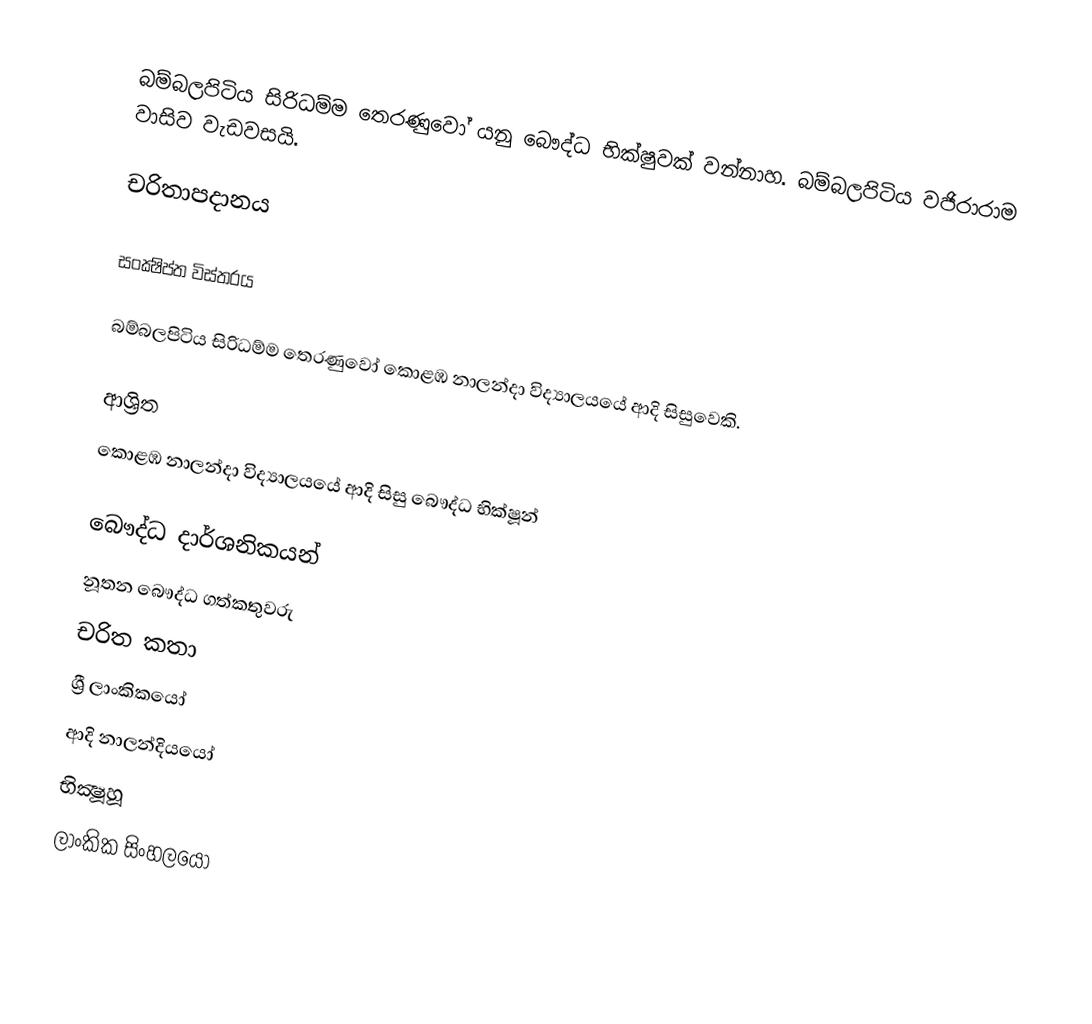
බම්බලපිටිය සිරිධම්ම තෙරණුවෝ යනු බෞද්ධ භික්ෂුවක් වන්නාහ. බම්බලපිටිය වජිරාරාම වාසිව වැඩවසයි.

චරිතාපදානය

සංක්‍ෂිප්ත විස්තරය

බම්බලපිටිය සිරිධම්ම තෙරණුවෝ කොළඹ නාලන්දා විද්‍යාලයයේ ආදි සිසුවෙකි.

ආශ්‍රිත
කොළඹ නාලන්දා විද්‍යාලයයේ ආදි සිසු බෞද්ධ භික්ෂූන්

බෞද්ධ දාර්ශනිකයන්
නූතන බෞද්ධ ගත්කතුවරු
චරිත කතා
ශ්‍රී ලාංකිකයෝ
ආදි නාලන්දියයෝ
භික්‍ෂූහූ
ලාංකික සිංහලයෝ